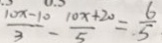
\frac { 1 0 x - 1 0 } { 3 } - \frac { 1 0 x + 2 0 } { 5 } = \frac { 6 } { 5 }